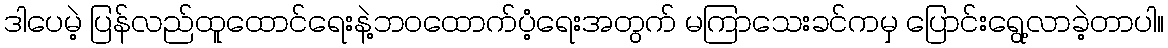
ဒါပေမဲ့ ပြန်လည်ထူထောင်ရေးနဲ့ဘဝထောက်ပံ့ရေးအတွက် မကြာသေးခင်ကမှ ပြောင်းရွေ့လာခဲ့တာပါ။